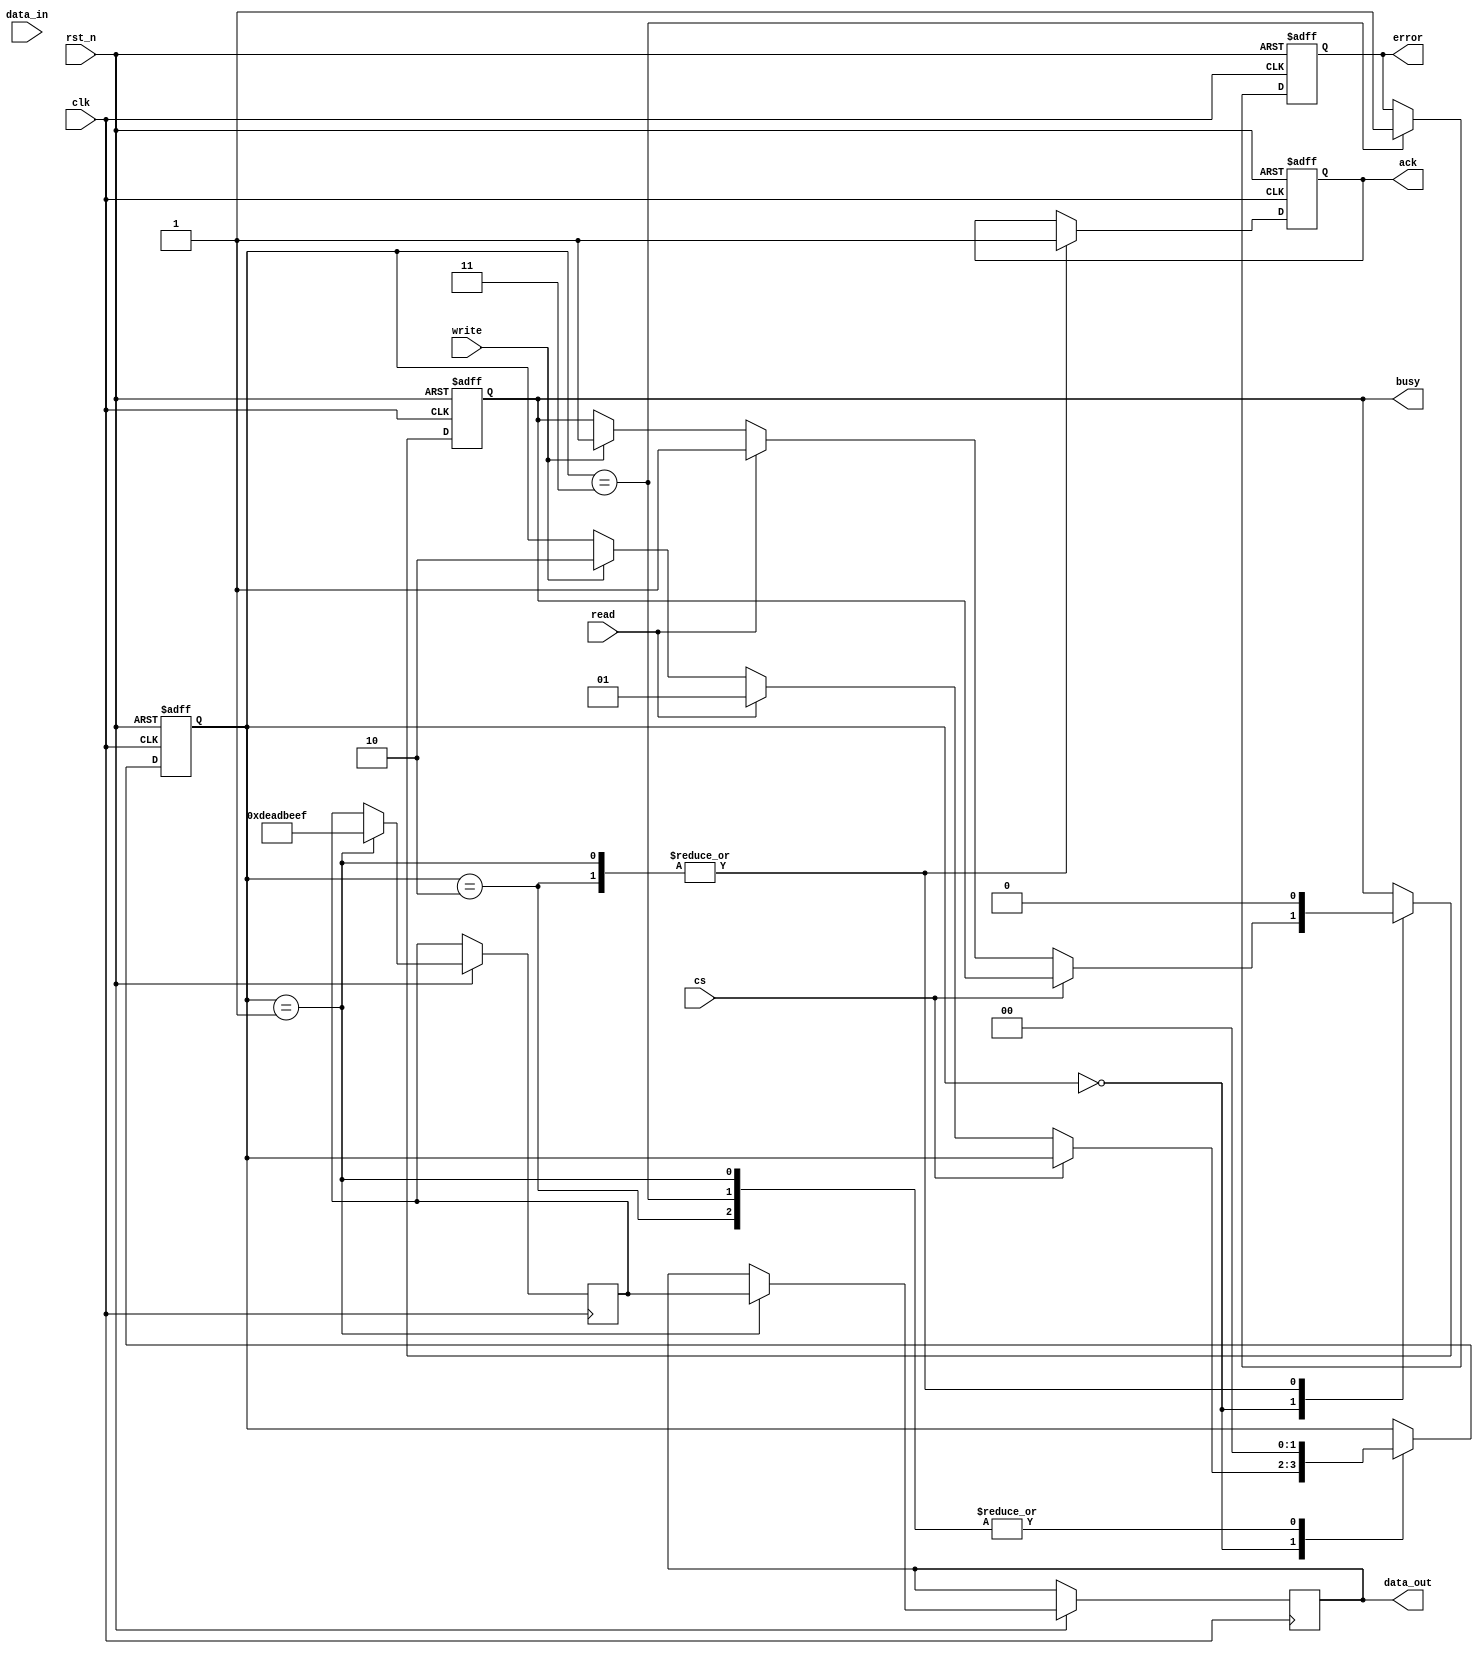
module SSD_IO_Block (
    input wire clk,                // System clock
    input wire rst_n,              // Active low reset
    input wire cs,                 // Chip Select
    input wire read,               // Read command
    input wire write,              // Write command
    input wire [31:0] data_in,     // Data input from host
    output reg [31:0] data_out,    // Data output to host
    output reg ack,                // Acknowledge signal
    output reg busy,               // Busy signal
    output reg error               // Error signal
);

    // Internal signals
    reg [31:0] input_buffer;        // Input buffer
    reg [31:0] output_buffer;       // Output buffer
    reg [1:0] state;                // State machine for control logic

    // State encoding
    localparam IDLE = 2'b00;
    localparam READ = 2'b01;
    localparam WRITE = 2'b10;
    localparam ERROR = 2'b11;

    // Command Decoder and Control Logic
    always @(posedge clk or negedge rst_n) begin
        if (!rst_n) begin
            state <= IDLE;
            ack <= 0;
            busy <= 0;
            error <= 0;
        end else begin
            case (state)
                IDLE: begin
                    if (!cs) begin // Chip Select active
                        if (read) begin
                            state <= READ;
                            busy <= 1;
                        end else if (write) begin
                            state <= WRITE;
                            busy <= 1;
                            input_buffer <= data_in; // Store incoming data
                        end
                    end
                end
                READ: begin
                    // Simulate data read from NAND flash
                    output_buffer <= 32'hDEADBEEF; // Placeholder for actual read data
                    data_out <= output_buffer;
                    ack <= 1; // Acknowledge read operation
                    state <= IDLE; // Go back to IDLE
                    busy <= 0;
                end
                WRITE: begin
                    // Simulate data write to NAND flash
                    // Here you would implement the actual write logic
                    ack <= 1; // Acknowledge write operation
                    state <= IDLE; // Go back to IDLE
                    busy <= 0;
                end
                ERROR: begin
                    // Handle error state
                    error <= 1; // Set error flag
                    state <= IDLE; // Go back to IDLE
                end
                default: state <= IDLE; // Default to IDLE
            endcase
        end
    end

    // Error Detection and Correction (EDC) Logic Placeholder
    // This would typically include ECC and CRC logic
    // For simplicity, we are not implementing this in detail

endmodule